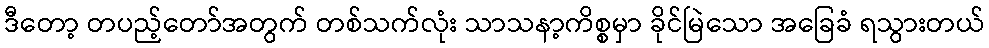
ဒီတော့ တပည့်တော်အတွက် တစ်သက်လုံး သာသနာ့ကိစ္စမှာ ခိုင်မြဲသော အခြေခံ ရသွားတယ်